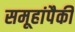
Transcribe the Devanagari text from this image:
समूहांपैकी